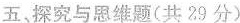
五、探究与思维题(共29分)